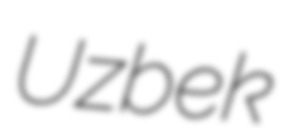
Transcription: Uzbek